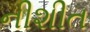
નીશીત